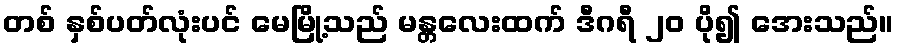
တစ် နှစ်ပတ်လုံးပင် မေမြို့သည် မန္တလေးထက် ဒီဂရီ ၂၀ ပို၍ အေးသည်။